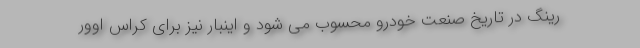
رینگ در تاریخ صنعت خودرو محسوب می شود و اینبار نیز برای کراس اوور